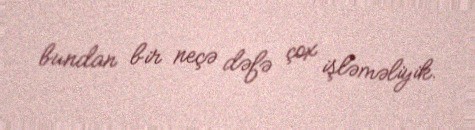
bundan bir neçə dəfə çox işləməliyik.